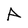
Character: A